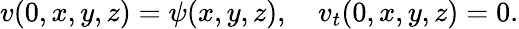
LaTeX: v(0,x,y,z)=\psi(x,y,z),\quad v_{t}(0,x,y,z)=0.